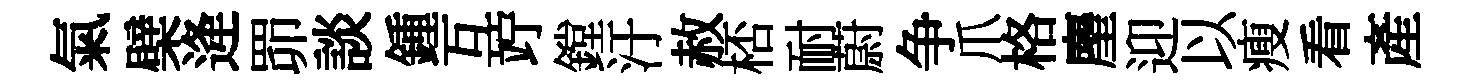
氣檗逄𦊑談鍾互竚鏜汙赦桮耐蔚争爪格麈迎以瘦看產